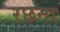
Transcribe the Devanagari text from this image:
रछना